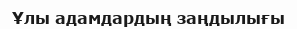
Ұлы адамдардың заңдылығы